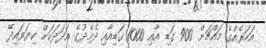
އަހަރެއްގެ މައްޗަށް 900 ގަޑި އާއި 1000 ގަޑިއާއި ދެމެދުގެ އަދަދަކަށް ކިޔަވައިދޭ